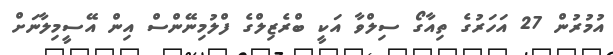
އުމުރުން 27 އަހަރުގެ ތިއާގޯ ސިލްވާ އަކީ ބްރެޒިލްގެ ފްލުމިނޭންސް އިން އޭސީމިލާނަށް